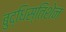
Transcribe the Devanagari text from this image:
बुद्धिस्तिशेन